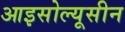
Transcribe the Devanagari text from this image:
आइसोल्यूसीन